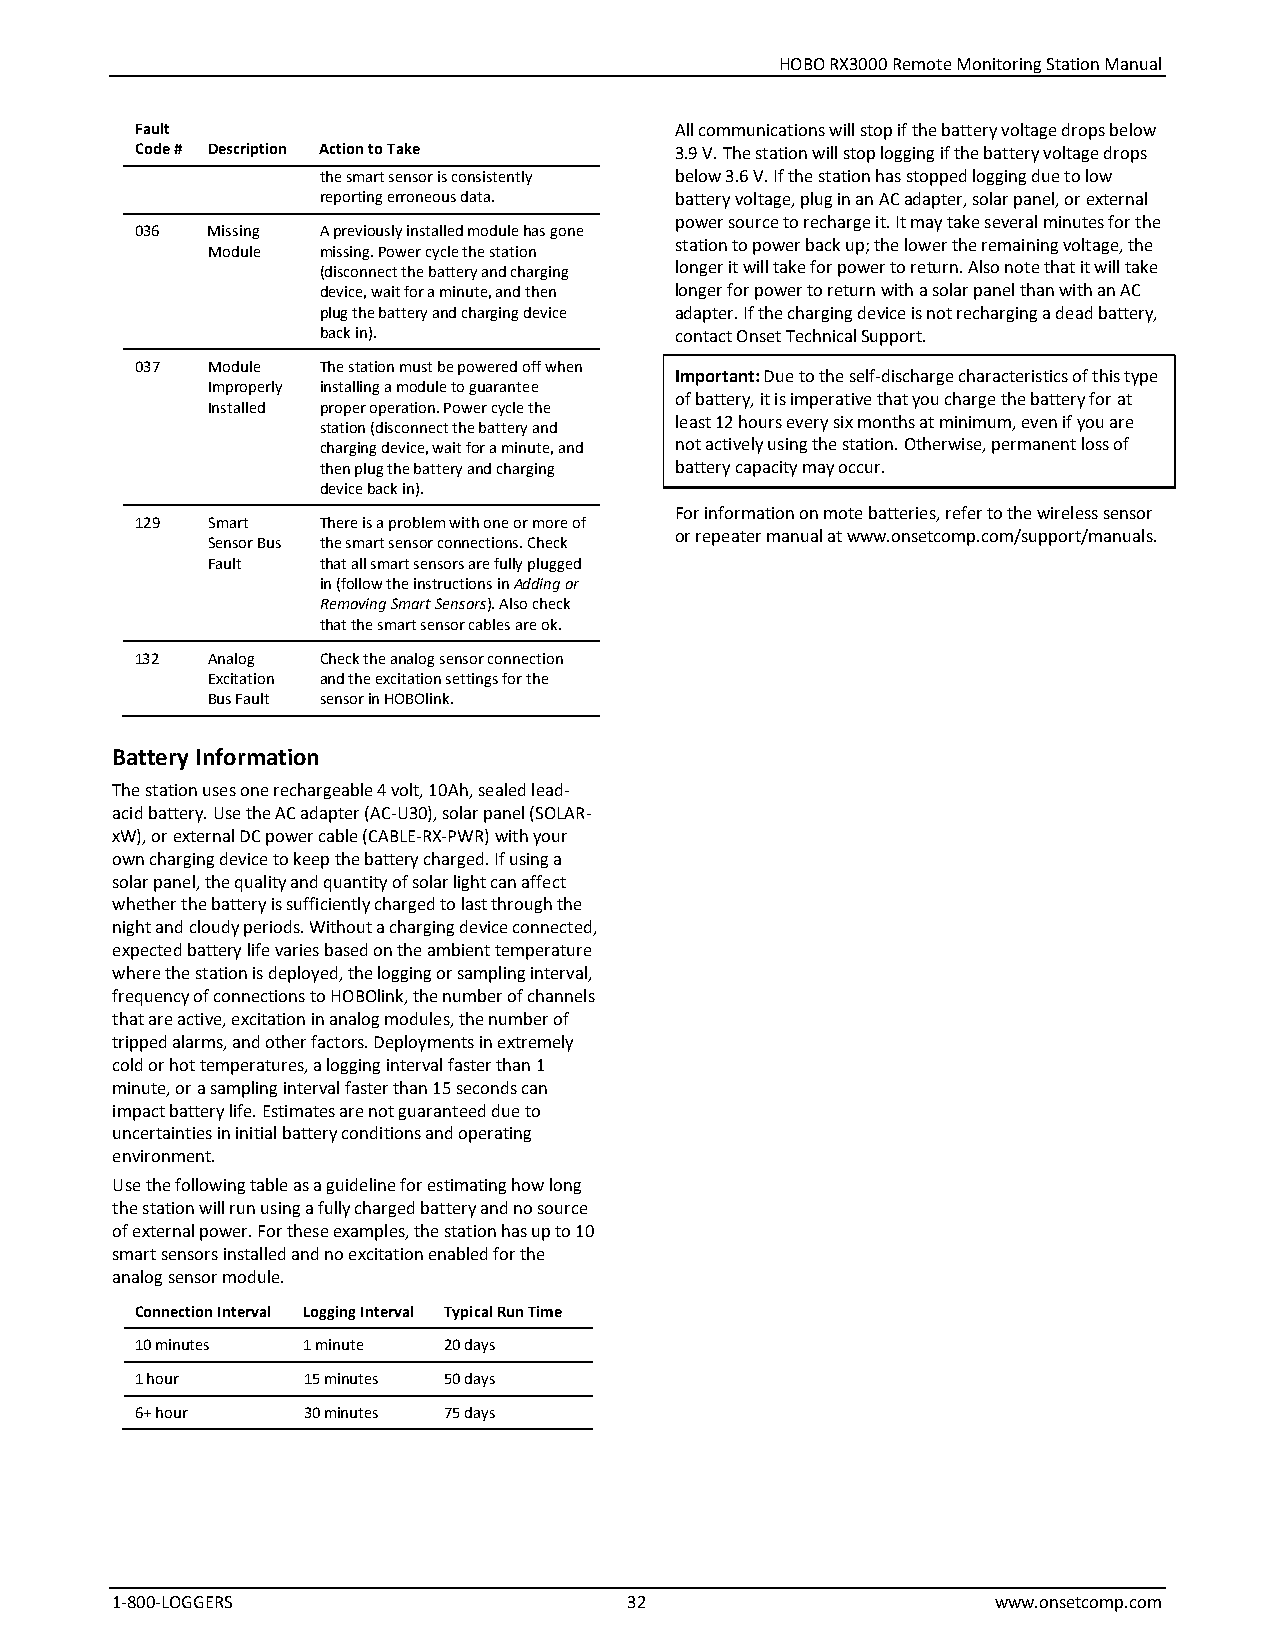
HOBO RX3000 Remote Monitoring Station Manual
 Fault                               All communications will stop if the battery voltage drops below
 Code # Description Action to Take   3.9 V. The station will stop logging if the battery voltage drops
 the smart sensor is consistently below 3.6 V. If the station has stopped logging due to low
 reporting erroneous data. battery voltage, plug in an AC adapter, solar panel, or external
 power source to recharge it. It may take several minutes for the
 036  Missing A previously installed module has gone
 station to power back up; the lower the remaining voltage, the
 Module missing. Power cycle the station
 (disconnect the battery and charging longer it will take for power to return. Also note that it will take
 device, wait for a minute, and then longer for power to return with a solar panel than with an AC
 plug the battery and charging device adapter. If the charging device is not recharging a dead battery,
 back in).               contact Onset Technical Support.
 037  Module The station must be powered off when
 Important: Due to the self-discharge characteristics of this type
 Improperly installing a module to guarantee
 of battery, it is imperative that you charge the battery for at
 Installed proper operation. Power cycle the
 least 12 hours every six months at minimum, even if you are
 station (disconnect the battery and
 charging device, wait for a minute, and not actively using the station. Otherwise, permanent loss of
 then plug the battery and charging battery capacity may occur.
 device back in).
 For information on mote batteries, refer to the wireless sensor
 129  Smart  There is a problem with one or more of
 or repeater manual at www.onsetcomp.com/support/manuals.
 Sensor Bus the smart sensor connections. Check
 Fault  that all smart sensors are fully plugged
 in (follow the instructions in Adding or
 Removing Smart Sensors). Also check
 that the smart sensor cables are ok.
 132  Analog Check the analog sensor connection
 Excitation and the excitation settings for the
 Bus Fault sensor in HOBOlink.
 Battery Information
 The station uses one rechargeable 4 volt, 10Ah, sealed lead-
 acid battery. Use the AC adapter (AC-U30), solar panel (SOLAR-
 xW), or external DC power cable (CABLE-RX-PWR) with your
 own charging device to keep the battery charged. If using a
 solar panel, the quality and quantity of solar light can affect
 whether the battery is sufficiently charged to last through the
 night and cloudy periods. Without a charging device connected,
 expected battery life varies based on the ambient temperature
 where the station is deployed, the logging or sampling interval,
 frequency of connections to HOBOlink, the number of channels
 that are active, excitation in analog modules, the number of
 tripped alarms, and other factors. Deployments in extremely
 cold or hot temperatures, a logging interval faster than 1
 minute, or a sampling interval faster than 15 seconds can
 impact battery life. Estimates are not guaranteed due to
 uncertainties in initial battery conditions and operating
 environment.
 Use the following table as a guideline for estimating how long
 the station will run using a fully charged battery and no source
 of external power. For these examples, the station has up to 10
 smart sensors installed and no excitation enabled for the
 analog sensor module.
 Connection Interval Logging Interval Typical Run Time
 10 minutes 1 minute 20 days
 1 hour     15 minutes 50 days
 6+ hour    30 minutes 75 days
 1-800-LOGGERS                      32                      www.onsetcomp.com